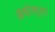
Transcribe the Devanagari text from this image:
अकोस्ता